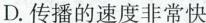
D.传播的速度非常快